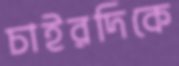
চাইরদিকে